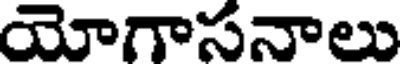
యోగాసనాలు